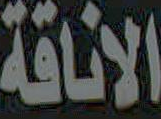
الاناقة